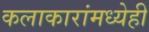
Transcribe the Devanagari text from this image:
कलाकारांमध्येही